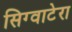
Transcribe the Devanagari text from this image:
सिग्वाटेरा